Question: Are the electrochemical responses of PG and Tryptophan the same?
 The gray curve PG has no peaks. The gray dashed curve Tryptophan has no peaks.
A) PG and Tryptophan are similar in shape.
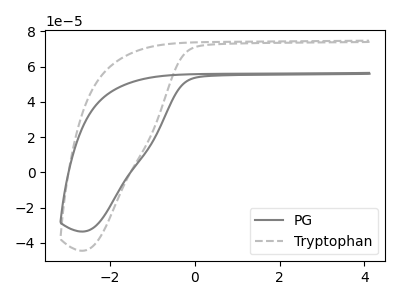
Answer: <think>Neither "PG" or "Tryptophan" have any peaks.
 </think>
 <answer>A) "PG" and "Tryptophan" are similar in shape.</answer>
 <eval>A</eval>